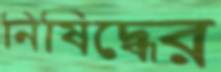
নিষিদ্ধের